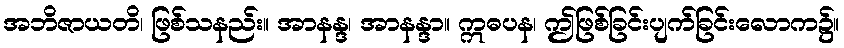
အဘိဇာယတိ၊ ဖြစ်သနည်း။ အာနန္ဒ၊ အာနန္ဒာ။ ဣဓပန၊ ဤဖြစ်ခြင်းပျက်ခြင်းလောက၌။